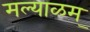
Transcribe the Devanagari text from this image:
मल्याळम्